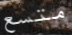
متسع